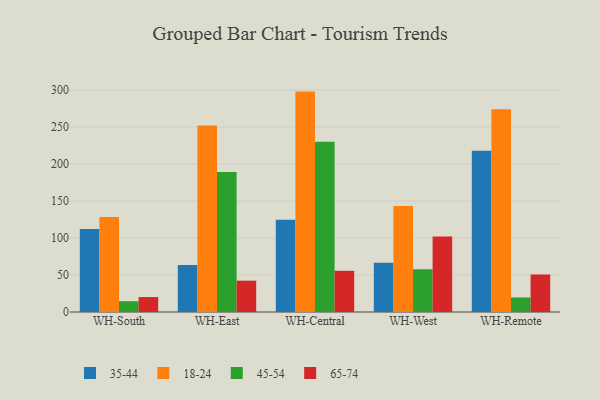
{"axis": {"x": "Warehouse", "y": "Revenue (USD Million)"}, "legend": ["18-24", "35-44", "45-54", "65-74"], "data": [{"x": "WH-South", "y": 112.3, "type": "35-44"}, {"x": "WH-South", "y": 128.4, "type": "18-24"}, {"x": "WH-South", "y": 14.6, "type": "45-54"}, {"x": "WH-South", "y": 20.2, "type": "65-74"}, {"x": "WH-East", "y": 63.6, "type": "35-44"}, {"x": "WH-East", "y": 252.1, "type": "18-24"}, {"x": "WH-East", "y": 189.2, "type": "45-54"}, {"x": "WH-East", "y": 42.3, "type": "65-74"}, {"x": "WH-Central", "y": 124.8, "type": "35-44"}, {"x": "WH-Central", "y": 297.8, "type": "18-24"}, {"x": "WH-Central", "y": 229.9, "type": "45-54"}, {"x": "WH-Central", "y": 55.7, "type": "65-74"}, {"x": "WH-West", "y": 66.6, "type": "35-44"}, {"x": "WH-West", "y": 143.2, "type": "18-24"}, {"x": "WH-West", "y": 57.7, "type": "45-54"}, {"x": "WH-West", "y": 102.1, "type": "65-74"}, {"x": "WH-Remote", "y": 217.8, "type": "35-44"}, {"x": "WH-Remote", "y": 274.0, "type": "18-24"}, {"x": "WH-Remote", "y": 19.6, "type": "45-54"}, {"x": "WH-Remote", "y": 50.7, "type": "65-74"}]}